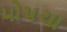
પોપચા